Civil Veterinary Dept. Assam report 1927-50 - 1927-1950
Year: 1927
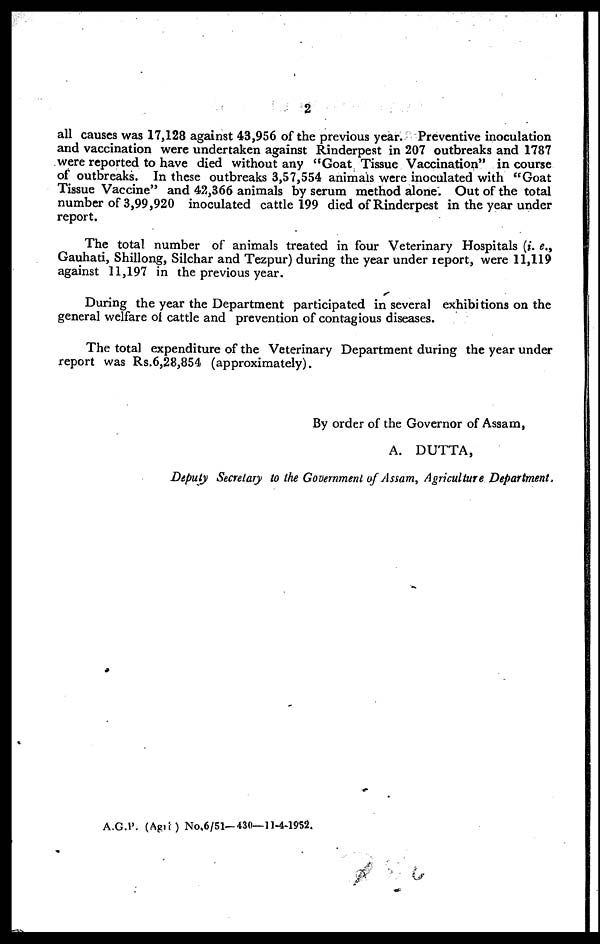
2
all causes was 17,128 against 43,956 of the previous year. Preventive inoculation
and vaccination were undertaken against Rinderpest in 207 outbreaks and 1787
were reported to have died without any "Goat Tissue Vaccination" in course
of outbreaks. In these outbreaks 3,57,554 animals were inoculated with "Goat
Tissue Vaccine" and 42,366 animals by serum method alone. Out of the total
number of 3,99,920 inoculated cattle 199 died of Rinderpest in the year under
report.
The total number of animals treated in four Veterinary Hospitals (i. e.,
Gauhati, Shillong, Silchar and Tezpur) during the year under report, were 11,119
against 11,197 in the previous year.
During the year the Department participated in several exhibitions on the
general welfare of cattle and prevention of contagious diseases.
The total expenditure of the Veterinary Department during the year under
report was Rs.6,28,854 (approximately).
By order of the Governor of Assam,
A. DUTTA,
Deputy Secretary to the Government of Assam, Agriculture Department,
A.G.P. (Apri ) No.6/51—430—11-4-1952.